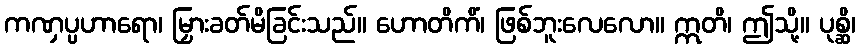
ကဏှပ္ပဟာရော၊ မြှားခတ်မိခြင်းသည်။ ဟောတိကိံ၊ ဖြစ်ဘူးလေလော။ ဣတိ၊ ဤသို့။ ပုစ္ဆိ၊